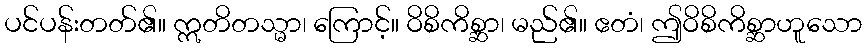
ပင်ပန်းတတ်၏။ ဣတိတသ္မာ၊ ကြောင့်။ ဝိစိကိစ္ဆာ၊ မည်၏။ ဧတံ၊ ဤဝိစိကိစ္ဆာဟူသော